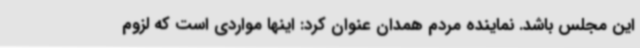
این مجلس باشد. نماینده مردم همدان عنوان کرد: اینها مواردی است که لزوم